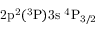
\mathrm { 2 p ^ { 2 } ( ^ { 3 } P ) 3 s ~ ^ { 4 } P _ { 3 / 2 } }